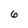
Character: 6